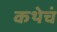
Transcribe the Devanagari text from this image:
कथेचं